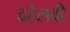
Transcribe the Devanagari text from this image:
दहेलवी